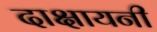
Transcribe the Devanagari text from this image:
दाक्षायनी